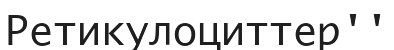
Ретикулоциттер''